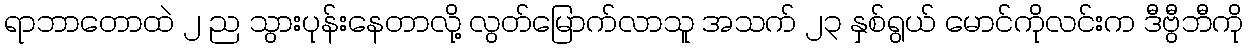
ရာဘာတောထဲ ၂ ည သွားပုန်းနေတာလို့ လွတ်မြောက်လာသူ အသက် ၂၃ နှစ်ရွယ် မောင်ကိုလင်းက ဒီဗွီဘီကို